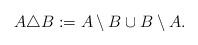
LaTeX: \begin{align*}A\triangle B := A\setminus B \cup B \setminus A.\end{align*}